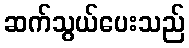
ဆက်သွယ်ပေးသည်